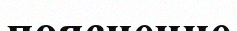
пояснение